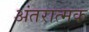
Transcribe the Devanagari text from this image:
अंतरात्मक